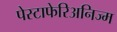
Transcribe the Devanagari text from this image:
पेस्टाफेरिअनिज्म